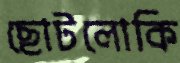
ছোটলোকি